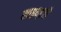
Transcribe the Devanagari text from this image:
लाइब्एरी